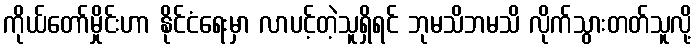
ကိုယ်တော်မှိုင်းဟာ နိုင်ငံရေးမှာ လာပင့်တဲ့သူရှိရင် ဘုမသိဘမသိ လိုက်သွားတတ်သူလို့